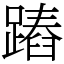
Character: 蹖